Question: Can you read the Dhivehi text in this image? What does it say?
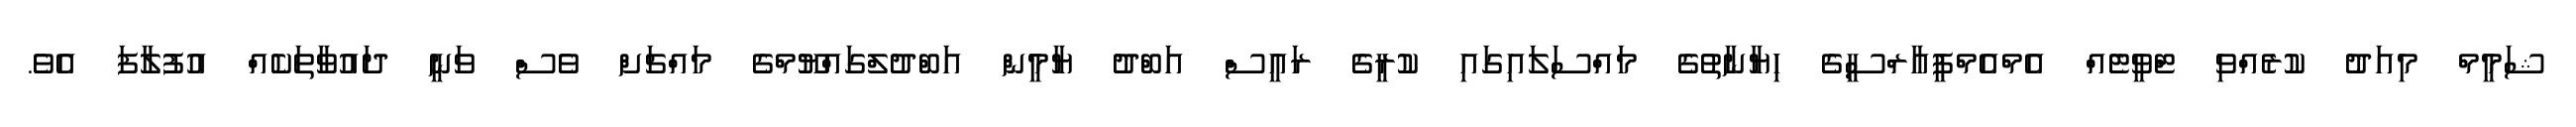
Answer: ޝަމީމް މިއަދު ކުރެއްވި ޓްވީޓެއް އެމްއެމްޕީއާރްސީގެ ހިޔާނާތުގެ މައްސަލައިގައި ކުރީގެ ރައީސް އަބްދު ޔާމީން އަބްދުލްގައްޔޫމްގެ މައްޗަށް ވެސް ވަނީ ދައުވާތަކެއް އުފުލާފަ އެވެ.